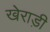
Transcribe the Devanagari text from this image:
खेराड़ी